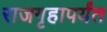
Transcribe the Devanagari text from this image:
राजगृहापर्यंत